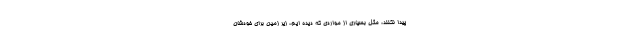
پیدا نکنند، مثل بسیاری از مواردی که دیده ایم، زیر زمین برای خودشان